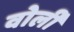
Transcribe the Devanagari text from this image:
वोर्ली